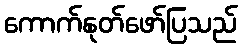
ကောက်နုတ်ဖော်ပြသည်